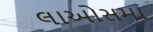
લાઓસમા